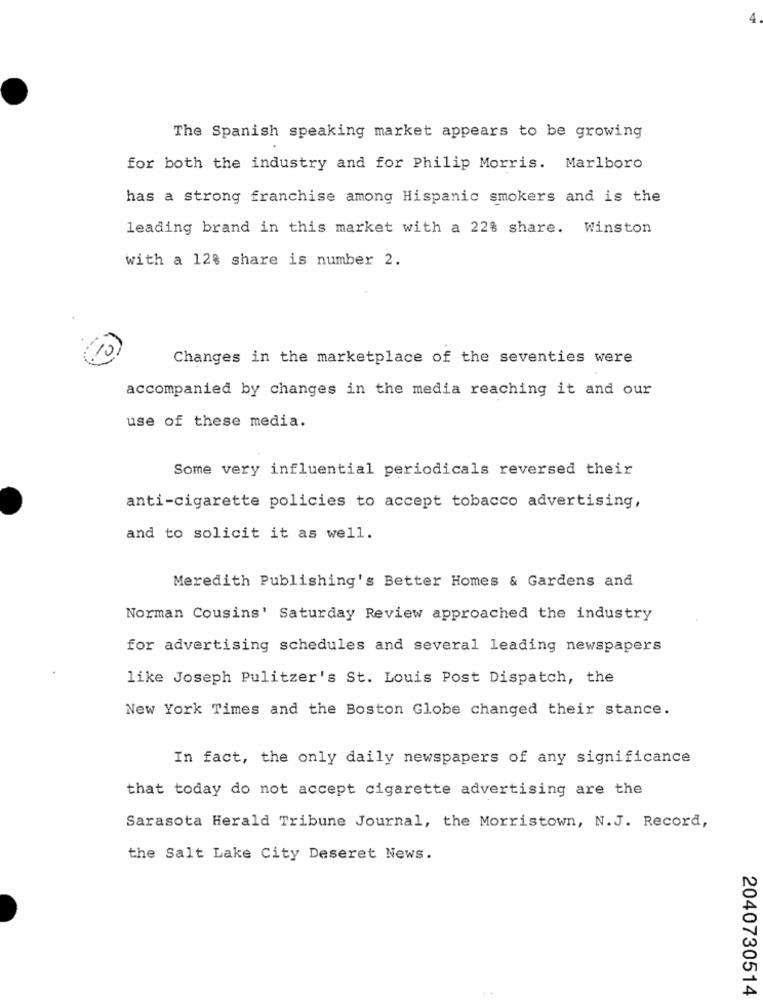
The Spanish speaking market appears to be growing
for both the industry and for Philip Morris. Marlboro
has a strong franchise among Hispanic smokers and is the
leading brand in this market with a 22% share. Winston
with a 128 share is number 2.
Changes in the marketplace of the seventies were
accompanied by changes in the media reaching it and our
use of these media.
Some very influential periodicals reversed their
anti-cigarette policies to accept tobacco advertising,
and to solicit it as well.
Meredith Publishing's Better Homes & Gardens and
Norman Cousins' Saturday Review approached the industry
for advertising schedules and several leading newspapers
like Joseph Pulitzer's St. Louis Post Dispatch, the
New York Times and the Boston Globe changed their stance.
In fact, the only daily newspapers of any significance
that today do not accept cigarette advertising are the
Sarasota Herald Tribune Journal, the Morristown, N.J. Record,
the Salt Lake City Deseret News.
2040730514